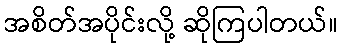
အစိတ်အပိုင်းလို့ ဆိုကြပါတယ်။